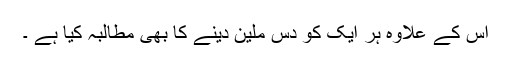
اس کے علاوہ ہر ایک کو دس ملین دینے کا بھی مطالبہ کیا ہے ۔